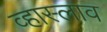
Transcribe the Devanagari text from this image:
व्हास्लाव